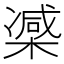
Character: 𣙤